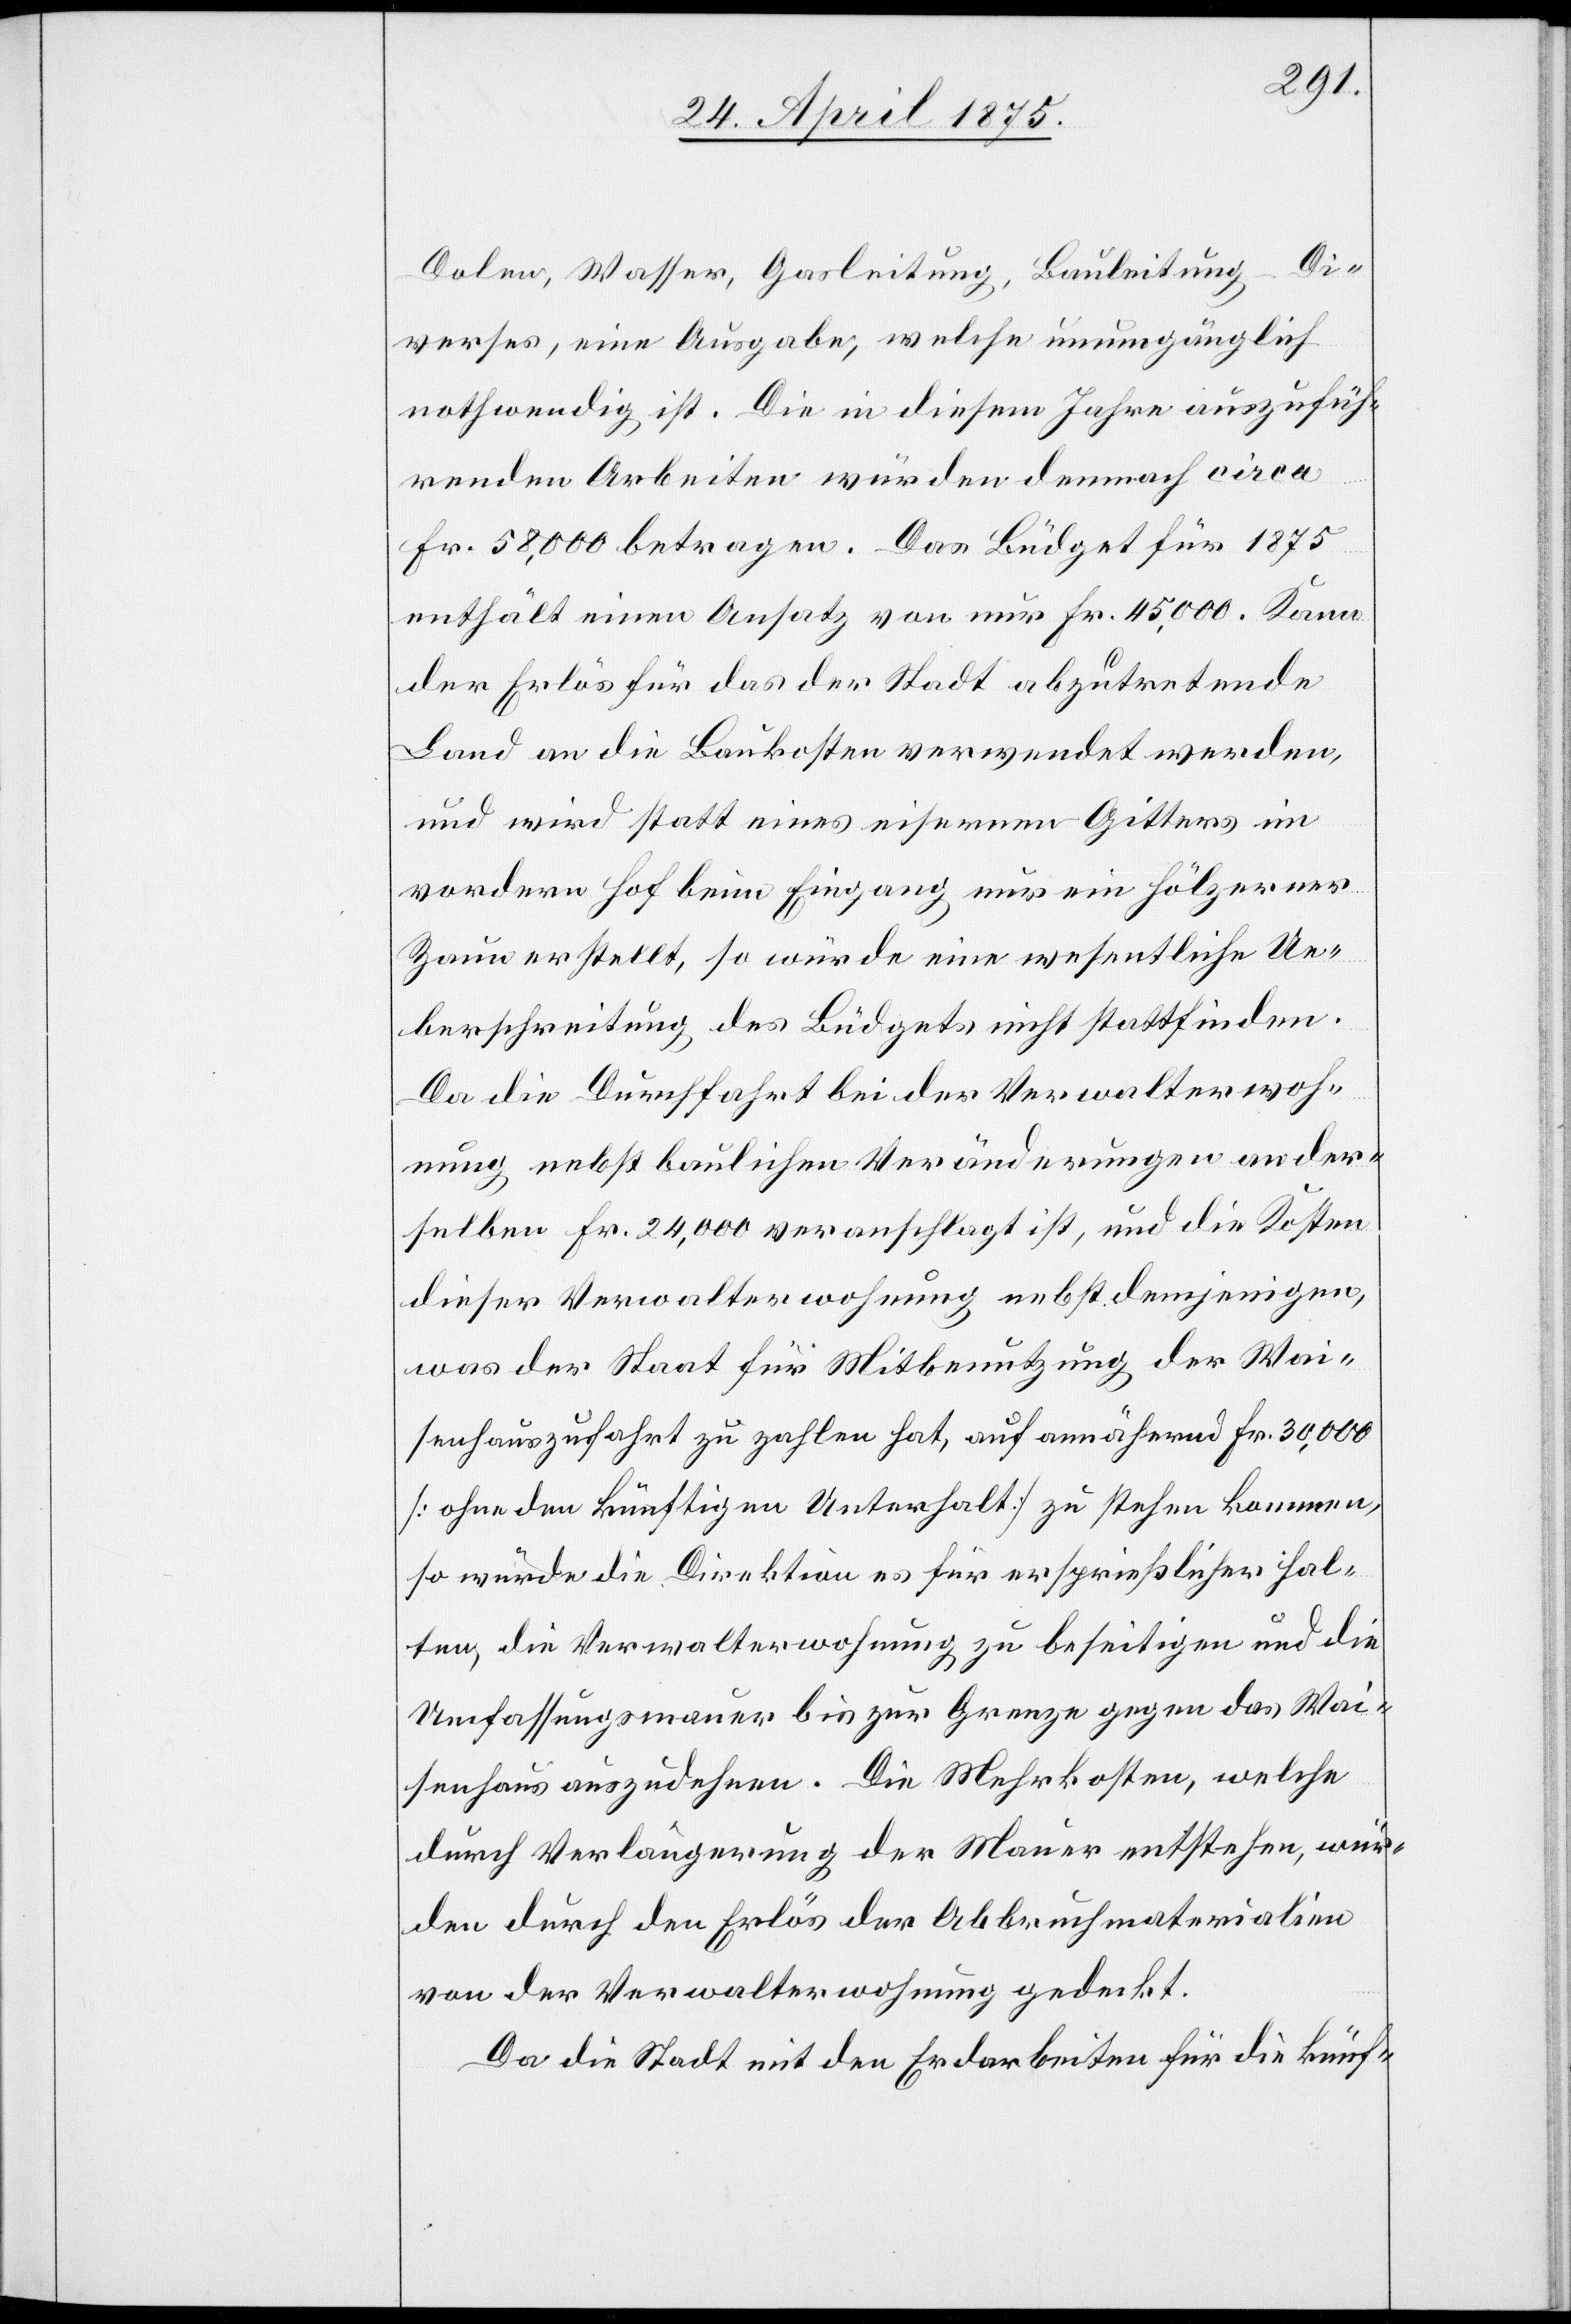
Dolen, Wasser, Gasleitung, Bauleitung – Di¬
verses, eine Ausgabe, welche unumgänglich
nothwendig ist. Die in diesem Jahre auszufüh¬
renden Arbeiten würden demnach circa
Fr. 58,000 betragen. Das Büdget für 1875
enthält einen Ansatz von nur Fr. 45,000. Kann
der Erlös für das der Stadt abzutretende
Land an die Baukosten verwendet werden,
und wird statt eines eisernen Gitters im
vordern Hof beim Eingang nur ein hölzerner
Zaun erstellt, so würde eine wesentliche Ue¬
berschreitung des Büdgets nicht stattfinden.
Da die Durchfahrt bei der Verwalterwoh¬
nung nebst baulichen Veränderungen an der¬
selben Fr. 24,000 veranschlagt ist, und die Kosten
dieser Verwalterwohnung nebst demjenigen,
was der Staat für Mitbenutzung der Wai¬
senhauszufahrt zu zahlen hat, auf annähernd Fr. 30,000
[ohne den künftigen Unterhalt] zu stehen kommen,
so würde die Direktion es für ersprießlicher hal¬
ten, die Verwalterwohnung zu beseitigen und die
Umfassungsmauer bis zur Grenze gegen das Wai¬
senhaus auszudehnen. Die Mehrkosten, welche
durch Verlagerung der Mauer entstehen, wür¬
den durch den Erlös der Abbruchmaterialien
von der Verwalterwohnung gedeckt.
Da die Stadt mit den Erdarbeiten für die künf-